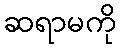
ဆရာမကို